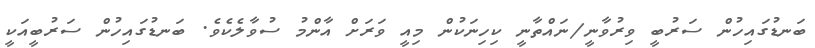
ބަނޑުގައިހުން ސަރުބީ ވިރުވާނީ/ނައްތާނީ ކިހިނަކުން މިއީ ވަރަށް އާންމު ސުވާލެކެވެ. ބަނޑުގައިހުން ސަރުބީއަކީ